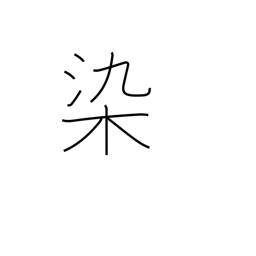
Meaning: stain